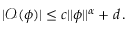
\begin{array} { r } { \vert \mathcal { O } ( \phi ) \vert \leq c \vert \vert \phi \vert \vert ^ { \alpha } + d \, . } \end{array}